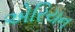
એરિયન